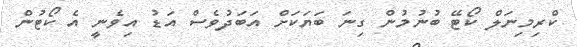
ކްރިމިނަލް ކޯޓޭ ބުނުމުން ގިނަ ބަޔަކަށް އަބަދުވެސް އަޑު އިވެނީ އެ ކޯޓުން